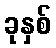
ခုနှစ်